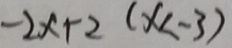
- 2 x + 2 ( x < - 3 )